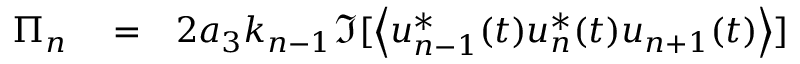
\begin{array} { r l r } { \Pi _ { n } } & { { } = } & { 2 a _ { 3 } k _ { n - 1 } \Im [ \left\langle u _ { n - 1 } ^ { * } ( t ) u _ { n } ^ { * } ( t ) u _ { n + 1 } ( t ) \right\rangle ] } \end{array}